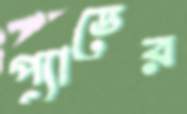
প্যাডের